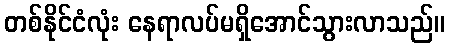
တစ်နိုင်ငံလုံး နေရာလပ်မရှိအောင်သွားလာသည်။